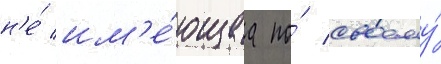
н'е́ им'е́ющаа по́ своему́